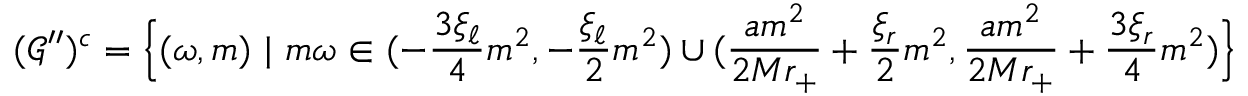
( \mathcal { G } ^ { \prime \prime } ) ^ { c } = \Big \{ ( \omega , m ) \ | \ m \omega \in ( - \frac { 3 \xi _ { \ell } } { 4 } m ^ { 2 } , - \frac { \xi _ { \ell } } { 2 } m ^ { 2 } ) \cup ( \frac { a m ^ { 2 } } { 2 M r _ { + } } + \frac { \xi _ { r } } { 2 } m ^ { 2 } , \frac { a m ^ { 2 } } { 2 M r _ { + } } + \frac { 3 \xi _ { r } } { 4 } m ^ { 2 } ) \Big \}